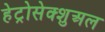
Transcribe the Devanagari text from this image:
हेट्रोसेक्शुअल